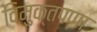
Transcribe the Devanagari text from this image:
विमुक्तपणा